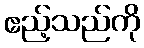
ဧည့်သည်ကို